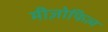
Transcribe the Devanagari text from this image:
मीज़ोफिल